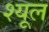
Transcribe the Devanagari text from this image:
श्यूल